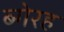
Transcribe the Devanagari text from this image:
ब्गेरह